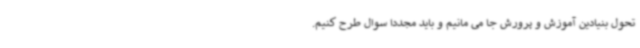
تحول بنیادین آموزش و پرورش جا می مانیم و باید مجددا سوال طرح کنیم.